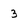
Character: 3